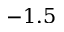
- 1 . 5